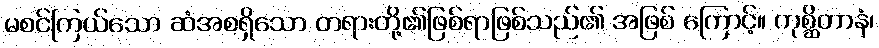
မစင်ကြယ်သော ဆံအစရှိသော တရားတို့၏ဖြစ်ရာဖြစ်သည်၏ အဖြစ် ကြောင့်။ ကုစ္ဆိတာနံ၊